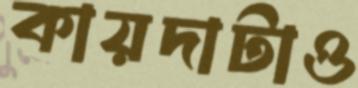
কায়দাটাও